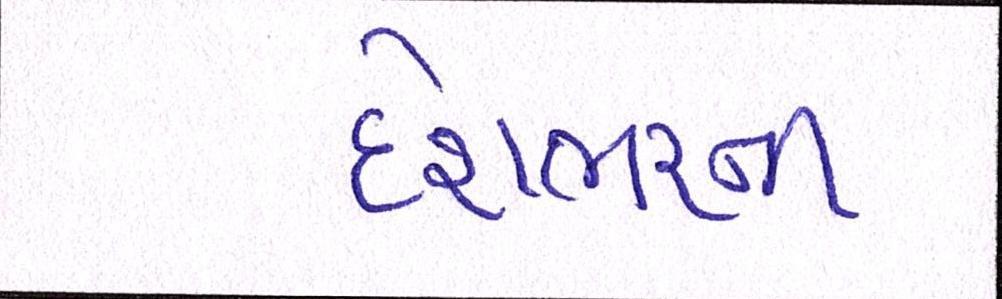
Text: દેશભરની